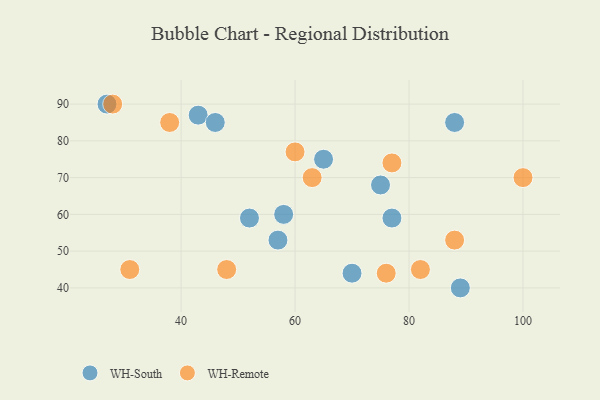
{"axis": {"x": "GDP", "y": "Life Expectancy"}, "legend": ["WH-Remote", "WH-South"], "data": [{"x": "52", "y": 59, "type": "WH-South"}, {"x": "58", "y": 60, "type": "WH-South"}, {"x": "89", "y": 40, "type": "WH-South"}, {"x": "65", "y": 75, "type": "WH-South"}, {"x": "27", "y": 90, "type": "WH-South"}, {"x": "77", "y": 59, "type": "WH-South"}, {"x": "70", "y": 44, "type": "WH-South"}, {"x": "57", "y": 53, "type": "WH-South"}, {"x": "88", "y": 85, "type": "WH-South"}, {"x": "75", "y": 68, "type": "WH-South"}, {"x": "43", "y": 87, "type": "WH-South"}, {"x": "46", "y": 85, "type": "WH-South"}, {"x": "28", "y": 90, "type": "WH-Remote"}, {"x": "31", "y": 45, "type": "WH-Remote"}, {"x": "82", "y": 45, "type": "WH-Remote"}, {"x": "88", "y": 53, "type": "WH-Remote"}, {"x": "77", "y": 74, "type": "WH-Remote"}, {"x": "100", "y": 70, "type": "WH-Remote"}, {"x": "63", "y": 70, "type": "WH-Remote"}, {"x": "48", "y": 45, "type": "WH-Remote"}, {"x": "76", "y": 44, "type": "WH-Remote"}, {"x": "38", "y": 85, "type": "WH-Remote"}, {"x": "60", "y": 77, "type": "WH-Remote"}]}